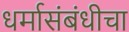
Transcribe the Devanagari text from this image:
धर्मासंबंधीचा